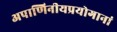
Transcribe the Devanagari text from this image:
अपाणिनीयप्रयोगानां